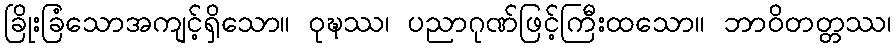
ခြိုးခြံသောအကျင့်ရှိသော။ ဝုဍ္ဎဿ၊ ပညာဂုဏ်ဖြင့်ကြီးထသော။ ဘာဝိတတ္တဿ၊